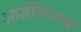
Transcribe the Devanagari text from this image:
आज्ञेशिवाय